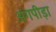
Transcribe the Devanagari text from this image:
अंगपीड़ा